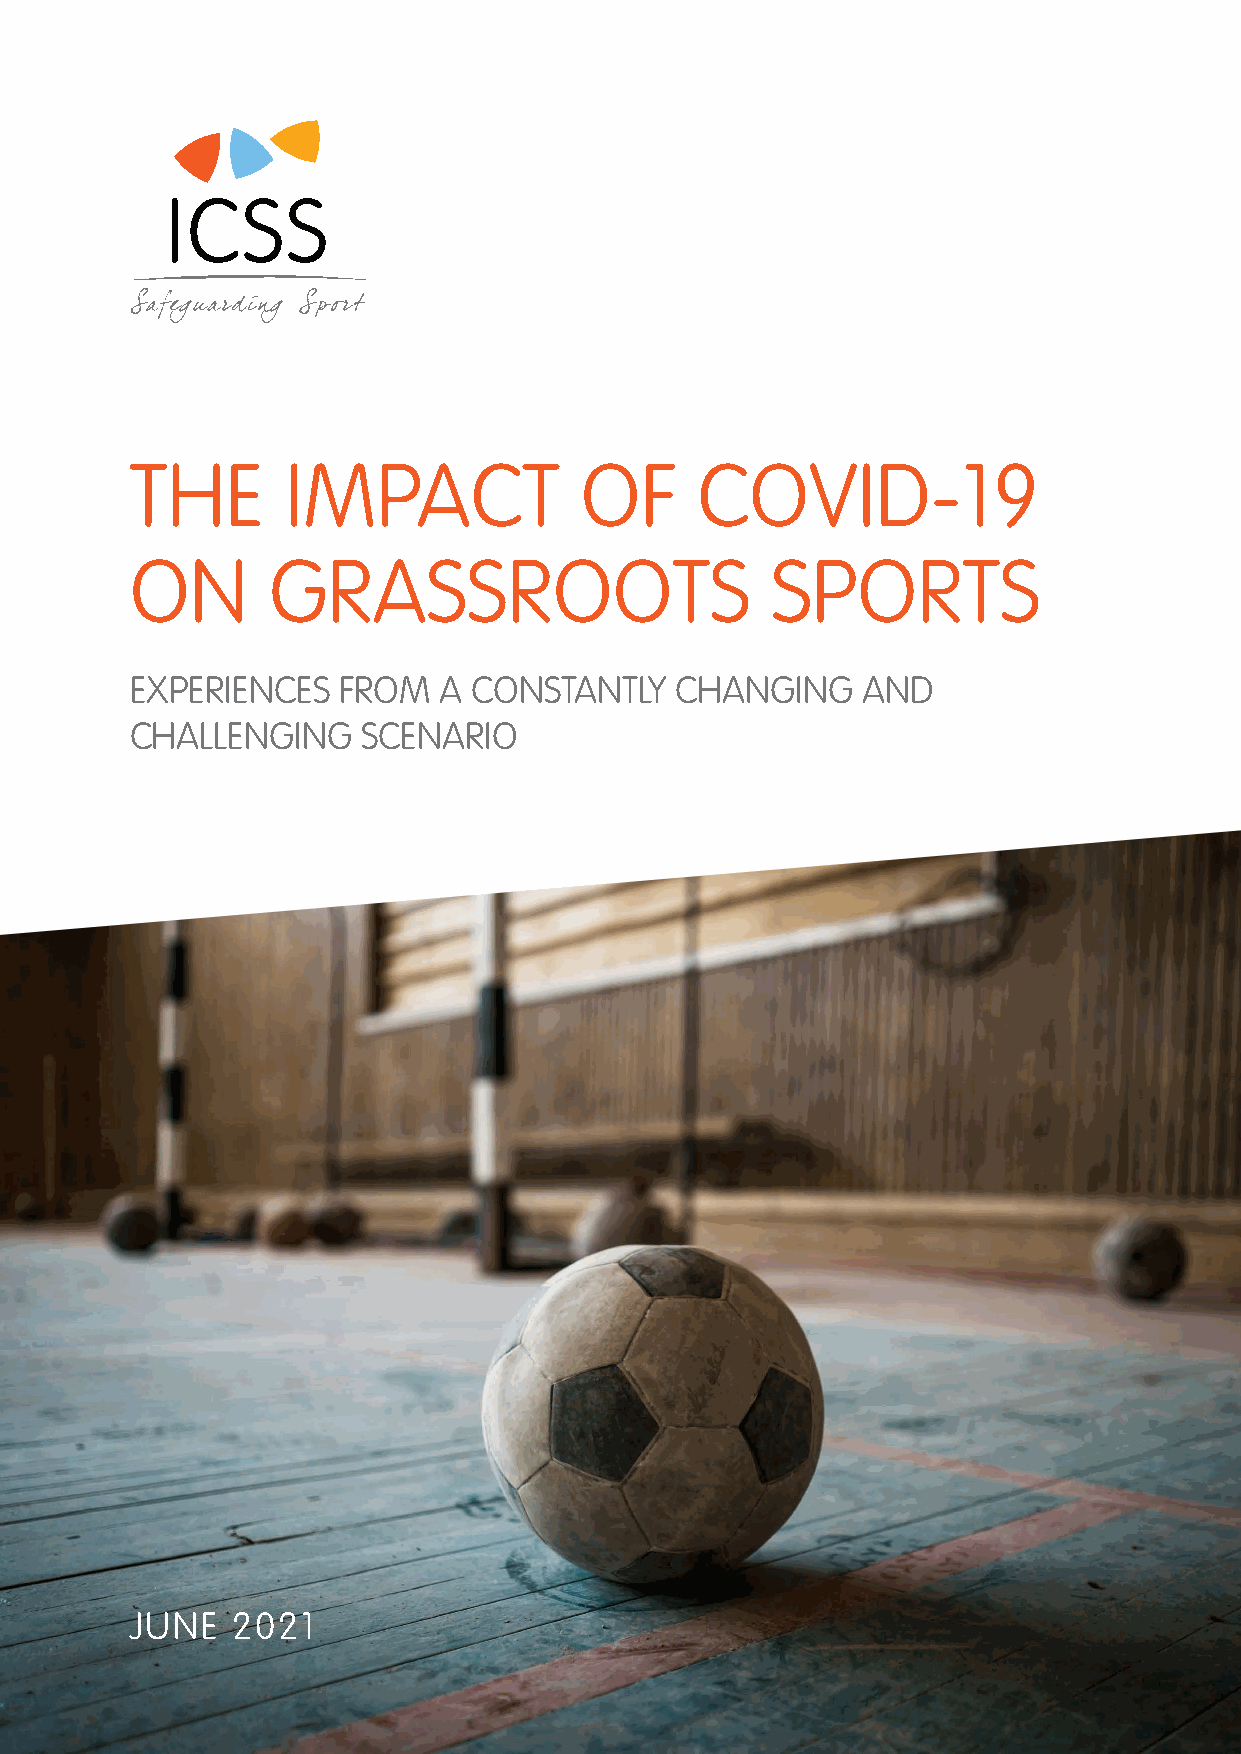
THE       IMPACT             OF      COVID-19
 ON       GRASSROOTS                       SPORTS
 EXPERIENCES  FROM   A CONSTANTLY    CHANGING    AND
 CHALLENGING    SCENARIO
 JUNE  2021